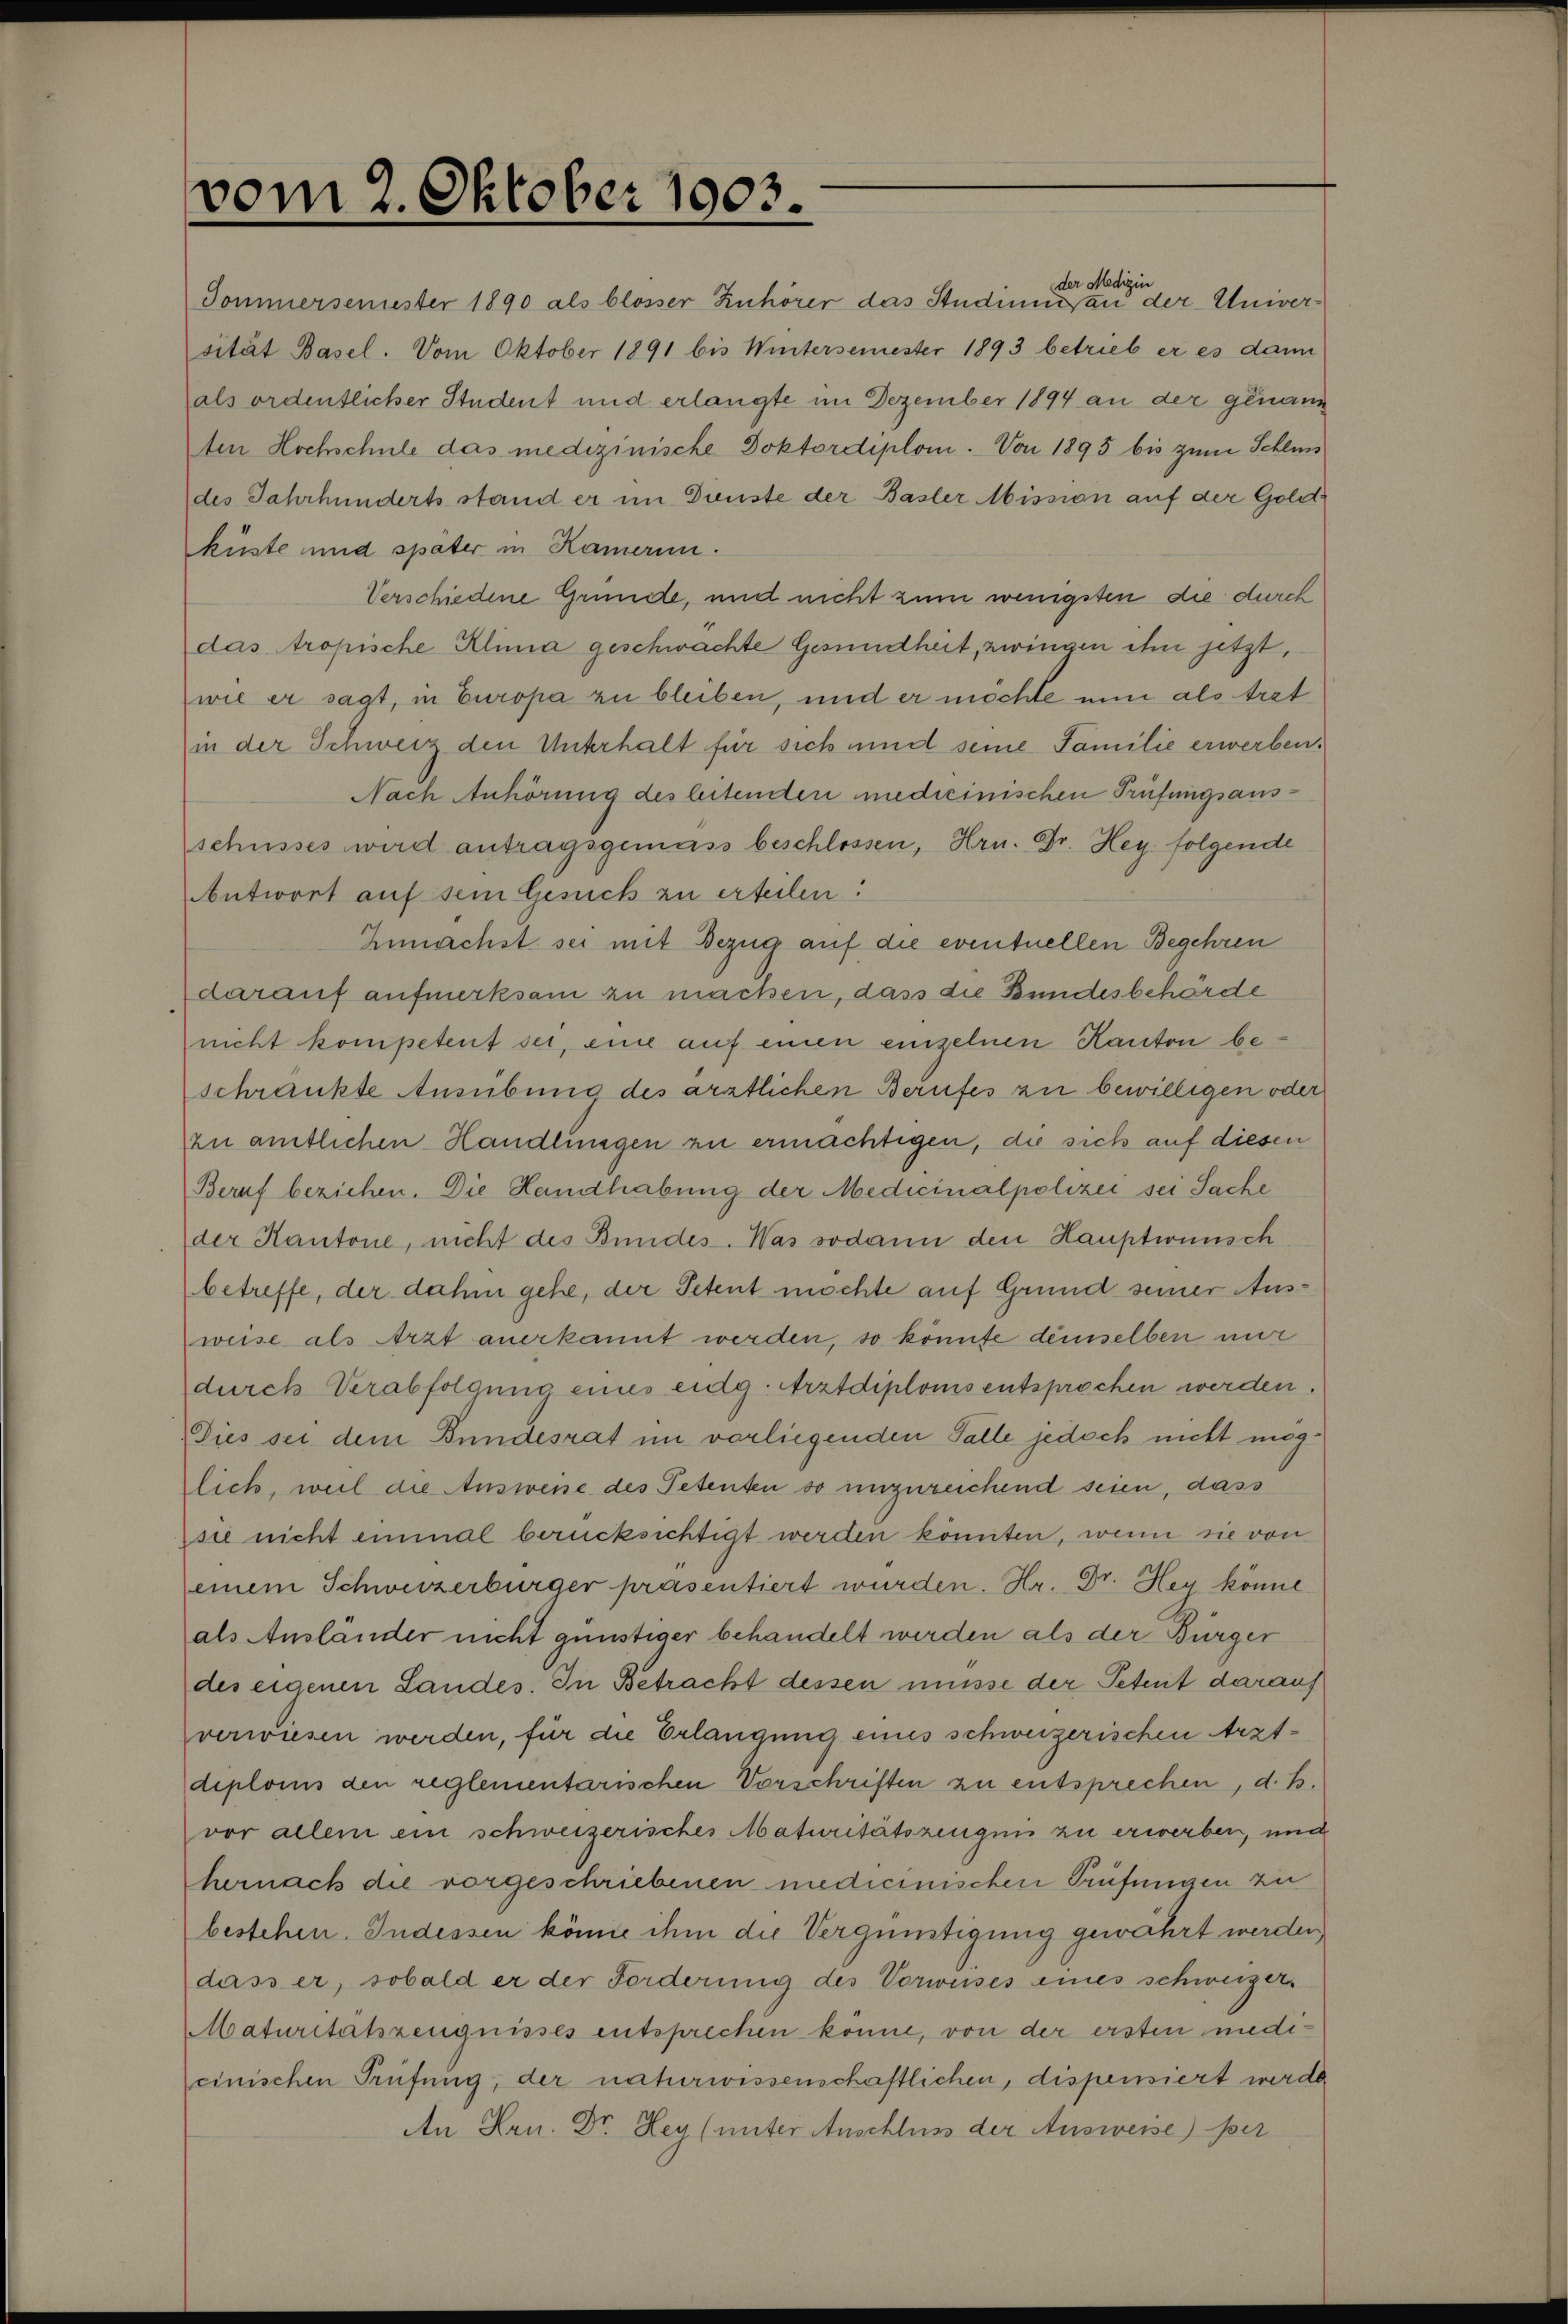
vom 2. Oktober 1903.
Sommersemester 1890 als blosser Zuhörer das Studium der Medizin an der Univer¬
sität Basel. Vom Oktober 1891 bis Wintersemester 1893 betrieb er es dann
als ordentlicher Student und erlangte im Dezember 1894 an der genann¬
ten Hochschule das medizinische Doktordiplom. Von 1895 bis zum Schluss
des Jahrhunderts stand er im Dienste der Basler Mission auf der Gold¬
küste und später in Kamerun.
Verschiedene Gründe, und nicht zum wenigsten die durch
das tropische Klima geschwächte Gesundheit, zwingen ihn jetzt,
wie er sagt, in Europa zu bleiben, und er möchte nun als Arzt
in der Schweiz den Unterhalt für sich und seine Familie erwerben.
Nach Anhörung des leitenden medicinischen Prüfungsaus¬
schusses wird antragsgemäss beschlossen, Hrn. Dr. Hey folgende
Antwort auf sein Gesuch zu erteilen:
Zunächst sei mit Bezug auf die eventuellen Begehren
darauf aufmerksam zu machen, dass die Bundesbehörde
nicht kompetent sei, eine auf einen einzelnen Kanton be¬
schränkte Ausübung des ärztlichen Berufes zu bewilligen oder
zu amtlichen Handlungen zu ermächtigen, die sich auf diesen
Beruf beziehen. Die Handhabung der Medicinalpolizei sei Sache
der Kantone, nicht des Bundes. Was sodann den Hauptwunsch
betreffe, der dahin gehe, der Petent möchte auf Grund seiner Aus¬
weise als Arzt anerkannt werden, so könnte demselben nur
durch Verabfolgung eines eidg. Arztdiploms entsprochen werden.
Dies sei dem Bundesrat im vorliegenden Falle jedoch nicht mög¬
lich, weil die Ausweise des Petenten so unzureichend seien, dass
sie nicht einmal berücksichtigt werden könnten, wenn sie von
einem Schweizerbürger präsentiert würden. Hr. Dr. Hey könne
als Ausländer nicht günstiger behandelt werden als der Bürger
des eigenen Landes. In Betracht dessen müsse der Petent darauf
verwiesen werden, für die Erlangung eines schweizerischen Arzt¬
diploms den reglementarischen Vorschriften zu entsprechen, d. h.
vor allem ein schweizerisches Maturitätszeugnis zu erwerben, und
hernach die vorgeschriebenen medicinischen Prüfungen zu
bestehen. Indessen könne ihm die Vergünstigung gewährt werden,
dass er, sobald er der Forderung des Vorweises eines schweizer.
Maturitätszeugnisses entsprechen könne, von der ersten medi¬
cinischen Prüfung, der naturwissenschaftlichen, dispensiert werde.
An Hrn. Dr. Hey (unter Anschluss der Ausweise) per